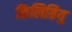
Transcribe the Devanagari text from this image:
किलिग्रियु